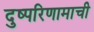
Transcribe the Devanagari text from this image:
दुष्परिणामाची